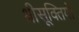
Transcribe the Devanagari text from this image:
श्रीसूक्तियों